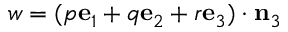
w = ( p \mathbf { e } _ { 1 } + q \mathbf { e } _ { 2 } + r \mathbf { e } _ { 3 } ) \cdot \mathbf { n } _ { 3 }